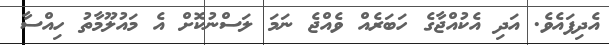
އެދިފައެވެ. އަދި އެކުއްޖާގެ ހަބަރެއް ވެއްޖެ ނަމަ ލަސްނުކޮށް އެ މައުލޫމާތު ހިއްސާ